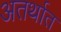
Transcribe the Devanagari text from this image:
अतर्थात